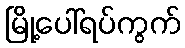
မြို့ပေါ်ရပ်ကွက်